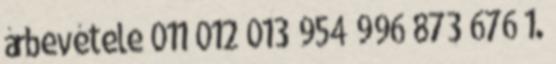
árbevétele 011 012 013 954 996 873 676 1.